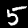
Digit: 5